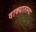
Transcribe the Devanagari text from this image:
वाक्यातल्या